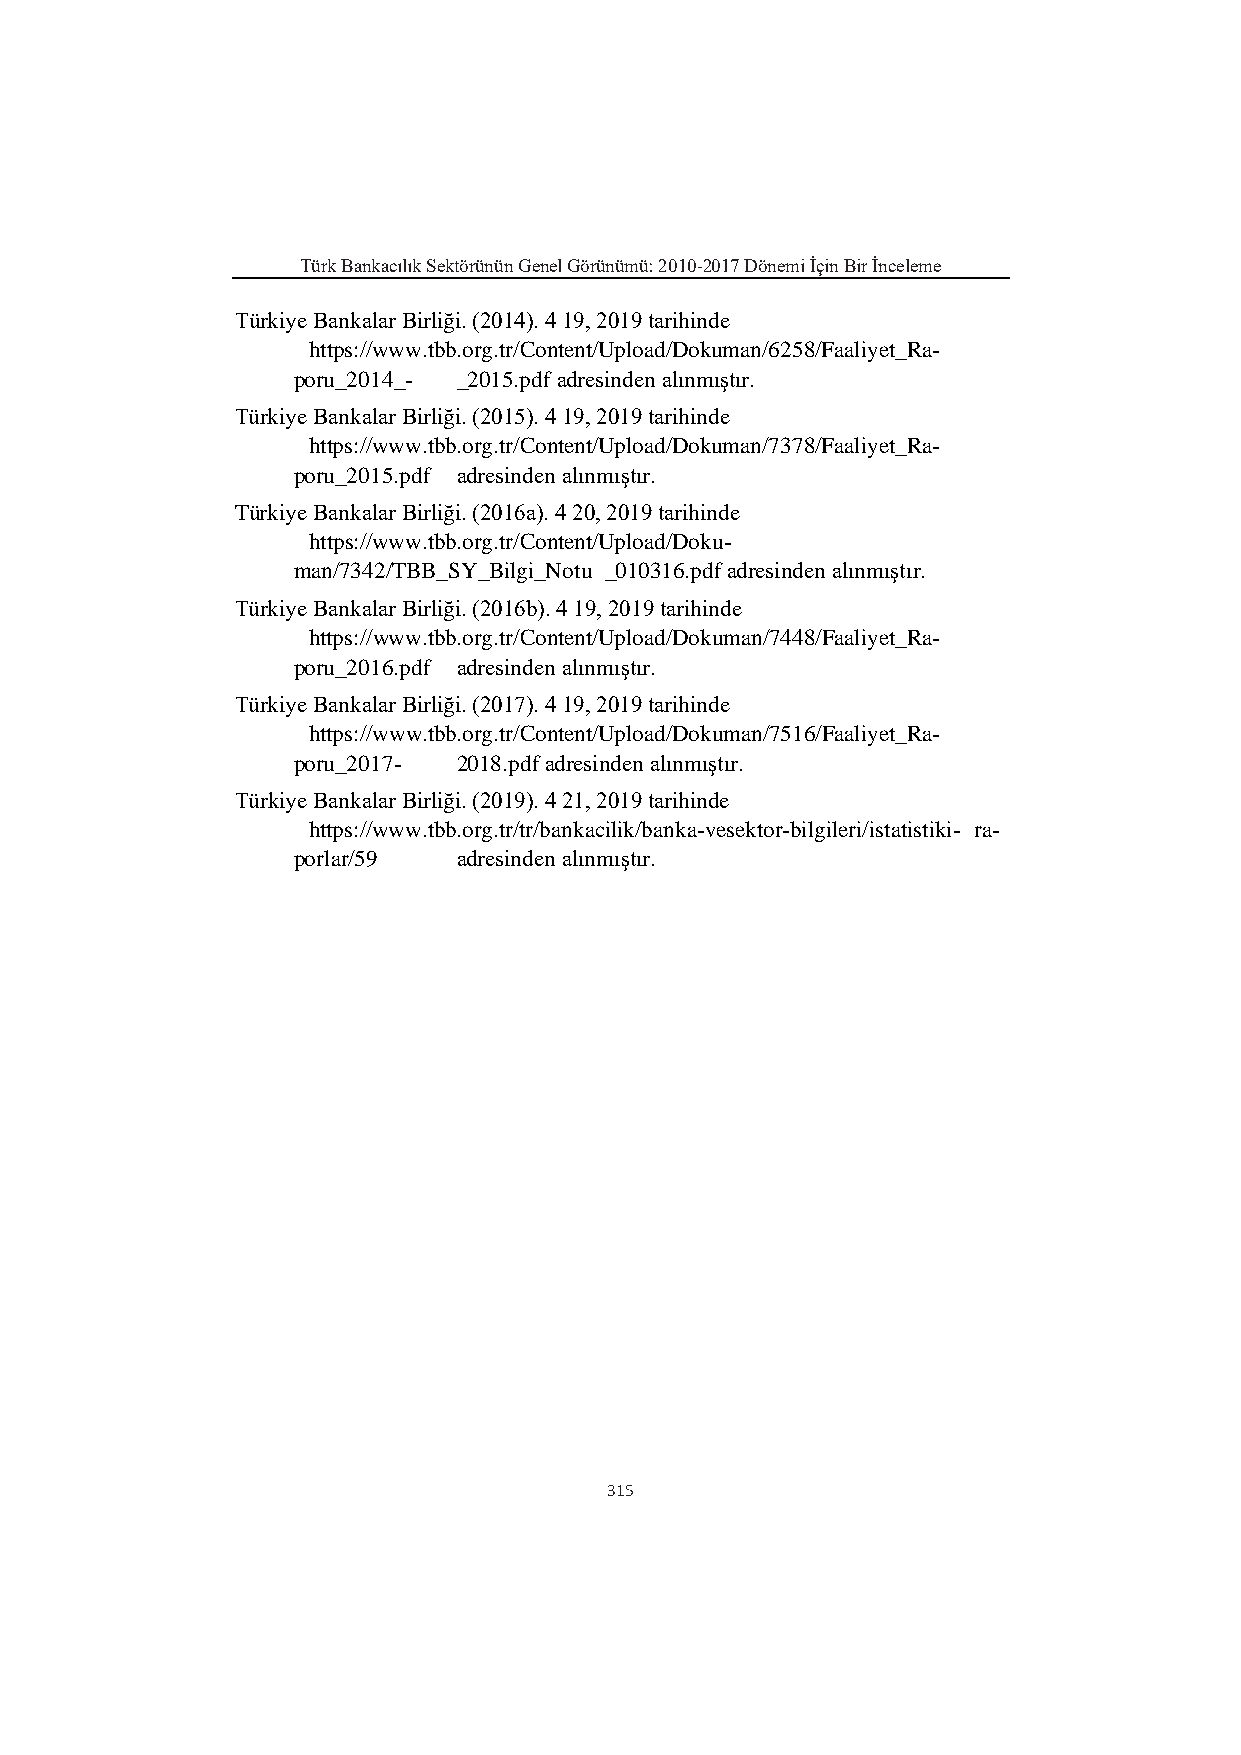
Türk Bankacılık Sektörünün Genel Görünümü: 2010-2017 Dönemi İçin Bir İnceleme
 Türkiye Bankalar Birliği. (2014). 4 19, 2019 tarihinde
 https://www.tbb.org.tr/Content/Upload/Dokuman/6258/Faaliyet_Ra-
 poru_201 4_- _2015.pdf adresinden alınmıştır.
 Türkiye Bankalar Birliği. (2015). 4 19, 2019 tarihinde
 https://www.tbb.org.tr/Content/Upload/Dokuman/7378/Faaliyet_Ra-
 poru_201 5.pdf adresinden alınmıştır.
 Türkiye Bankalar Birliği. (2016a). 4 20, 2019 tarihinde
 https://www.tbb.org.tr/Content/Upload/Doku-
 man/7342/TBB_SY_Bilgi_Notu _010316.pdf adresinden alınmıştır.
 Türkiye Bankalar Birliği. (2016b). 4 19, 2019 tarihinde
 https://www.tbb.org.tr/Content/Upload/Dokuman/7448/Faaliyet_Ra-
 poru_201 6.pdf adresinden alınmıştır.
 Türkiye Bankalar Birliği. (2017). 4 19, 2019 tarihinde
 https://www.tbb.org.tr/Content/Upload/Dokuman/7516/Faaliyet_Ra-
 poru_201 7- 2018.pdf adresinden alınmıştır.
 Türkiye Bankalar Birliği. (2019). 4 21, 2019 tarihinde
 https://www.tbb.org.tr/tr/bankacilik/banka-vesektor-bilgileri/istatistiki- ra-
 porlar/59  adresinden alınmıştır.
 315